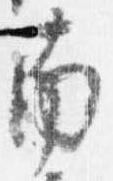
南